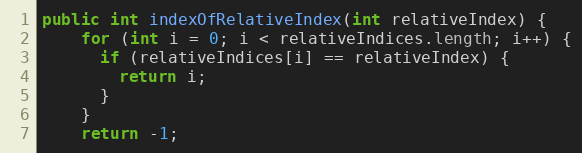
Language: Java
public int indexOfRelativeIndex(int relativeIndex) {
    for (int i = 0; i < relativeIndices.length; i++) {
      if (relativeIndices[i] == relativeIndex) {
        return i;
      }
    }
    return -1;